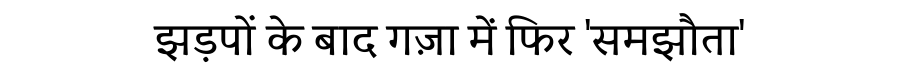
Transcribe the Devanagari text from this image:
झड़पों के बाद गज़ा में फिर 'समझौता'